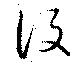
設